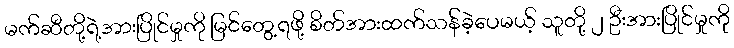
မက်ဆီတို့ရဲ့အားပြိုင်မှုကို မြင်တွေ့ရဖို့ စိတ်အားထက်သန်ခဲ့ပေမယ့် သူတို့ ၂ ဦးအားပြိုင်မှုကို